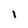
Character: I